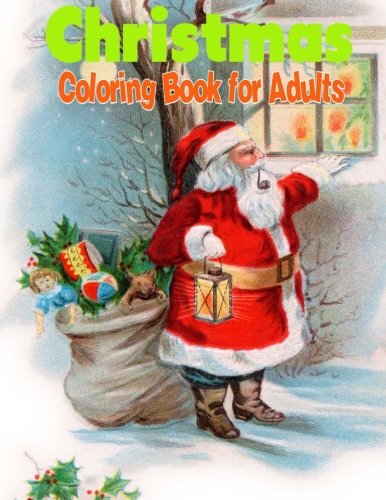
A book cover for Christmas Coloring Book for Adults: Christmas Trees, Winter Scenes and Christmas Holiday Coloring Book; Ciparum llc; Self-Help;